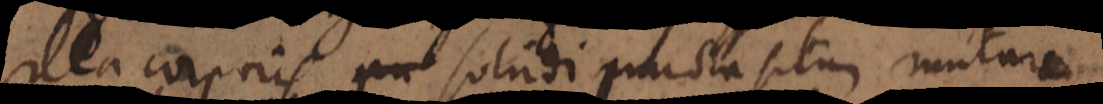
illa corporis solidi puncta situm mutare